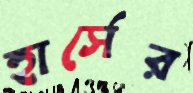
হার্সের